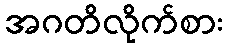
အဂတိလိုက်စား